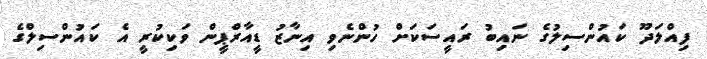
ފިއްލަދޫ ކައުންސިލުގެ ނައިބު ރައީސަކަށް ހުންނެވި އިނާޒު ޑީއާރްޕީން ވަކިކުރީ އެ ކައުންސިލްގެ